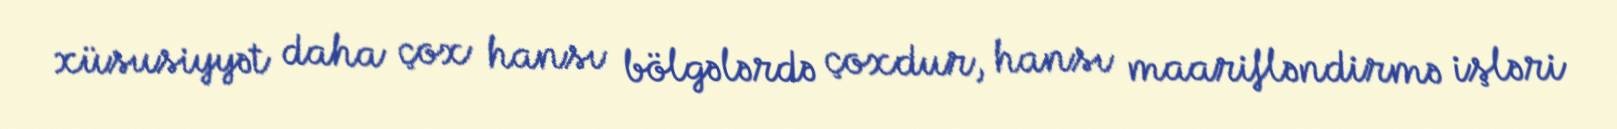
xüsusiyyət daha çox hansı bölgələrdə çoxdur, hansı maarifləndirmə işləri